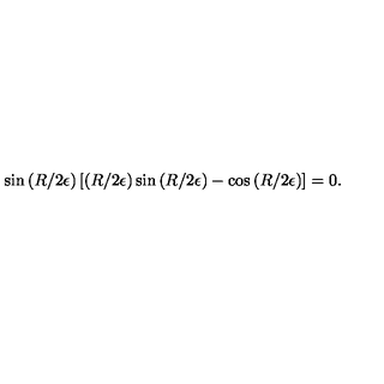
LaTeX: \sin \left( R / 2 \epsilon \right) \left[ \left( R / 2 \epsilon \right) \sin \left( R / 2 \epsilon \right) - \cos \left( R / 2 \epsilon \right) \right] = 0 .